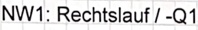
Text: NW1: Rechtslauf / -Q1